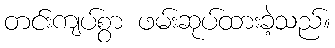
တင်းကျပ်စွာ ဖမ်းဆုပ်ထားခဲ့သည်။